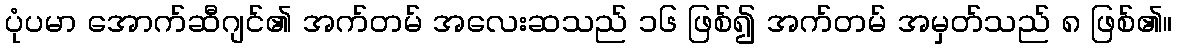
ပုံပမာ အောက်ဆီဂျင်၏ အက်တမ် အလေးဆသည် ၁၆ ဖြစ်၍ အက်တမ် အမှတ်သည် ၈ ဖြစ်၏။